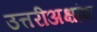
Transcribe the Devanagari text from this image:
उत्तरीअक्षांश